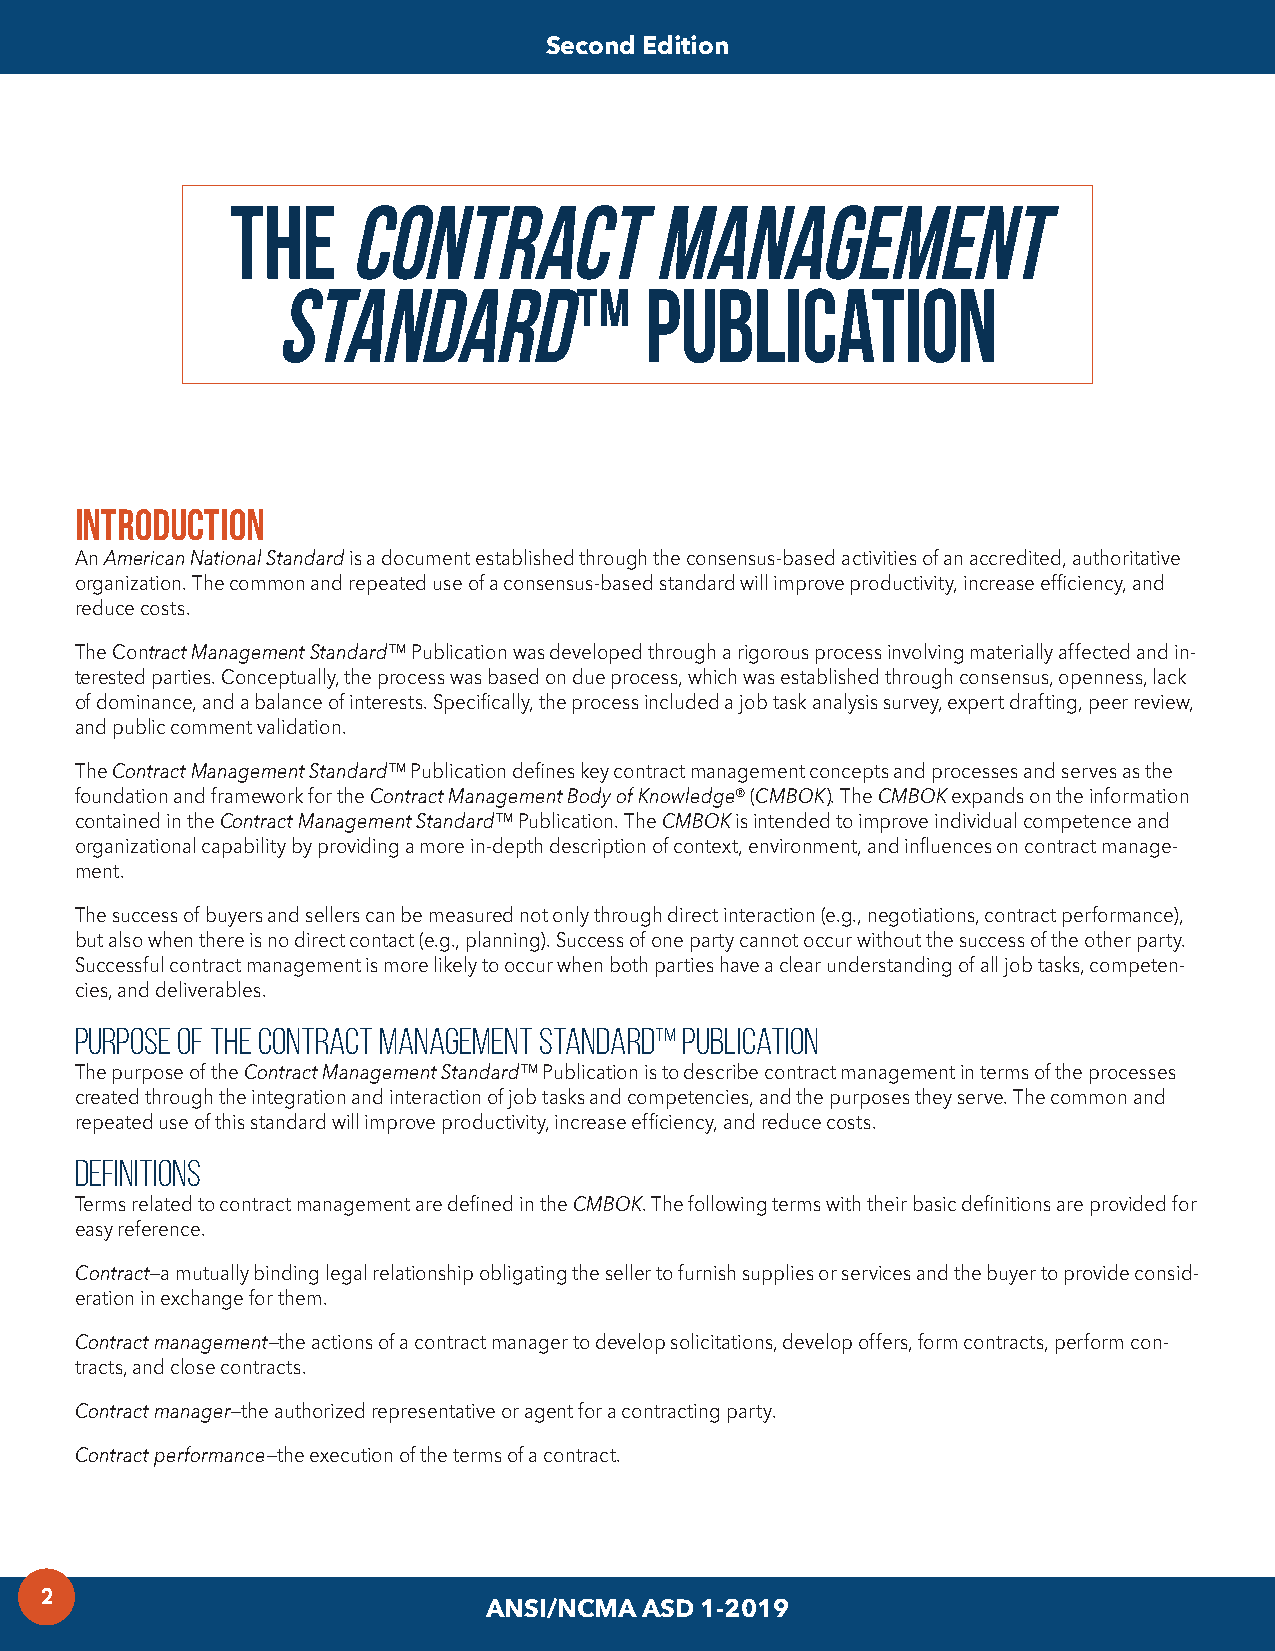
Second Edition
 The     Contract            Management
 Standard™                Publication
 Introduction
 An American National Standard is a document established through the consensus-based activities of an accredited, authoritative
 organization. The common and repeated use of a consensus-based standard will improve productivity, increase efficiency, and
 reduce costs.
 The Contract Management Standard™ Publication was developed through a rigorous process involving materially affected and in-
 terested parties. Conceptually, the process was based on due process, which was established through consensus, openness, lack
 of dominance, and a balance of interests. Specifically, the process included a job task analysis survey, expert drafting, peer review,
 and public comment validation.
 The Contract Management Standard™ Publication defines key contract management concepts and processes and serves as the
 foundation and framework for the Contract Management Body of Knowledge® (CMBOK). The CMBOK expands on the information
 contained in the Contract Management Standard™ Publication. The CMBOK is intended to improve individual competence and
 organizational capability by providing a more in-depth description of context, environment, and influences on contract manage-
 ment.
 The success of buyers and sellers can be measured not only through direct interaction (e.g., negotiations, contract performance),
 but also when there is no direct contact (e.g., planning). Success of one party cannot occur without the success of the other party.
 Successful contract management is more likely to occur when both parties have a clear understanding of all job tasks, competen-
 cies, and deliverables.
 Purpose of The Contract Management Standard™ Publication
 The purpose of the Contract Management Standard™ Publication is to describe contract management in terms of the processes
 created through the integration and interaction of job tasks and competencies, and the purposes they serve. The common and
 repeated use of this standard will improve productivity, increase efficiency, and reduce costs.
 Definitions
 Terms related to contract management are defined in the CMBOK. The following terms with their basic definitions are provided for
 easy reference.
 Contract—a mutually binding legal relationship obligating the seller to furnish supplies or services and the buyer to provide consid-
 eration in exchange for them.
 Contract management—the actions of a contract manager to develop solicitations, develop offers, form contracts, perform con-
 tracts, and close contracts.
 Contract manager—the authorized representative or agent for a contracting party.
 Contract performance—the execution of the terms of a contract.
 2
 ANSI/NCMA ASD 1-2019